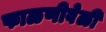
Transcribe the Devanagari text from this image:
फाळणीवेळी